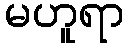
မဟူရာ